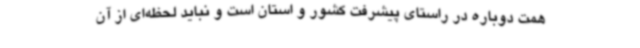
همت دوباره در راستای پیشرفت کشور و استان است و نباید لحظه‌ای از آن